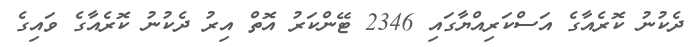
ދެކުނު ކޮރެއާގެ އަސްކަރިއްޔާގައި 2346 ޓޭންކަރު އޮތް އިރު ދެކުނު ކޮރެއާގެ ވައިގެ